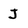
Character: J